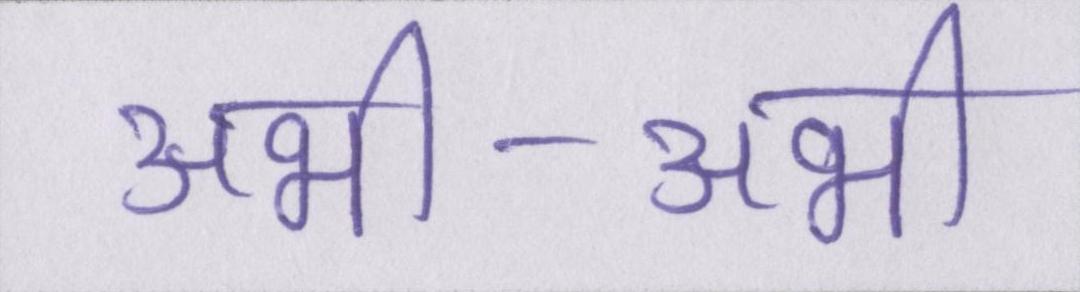
अभी-अभी